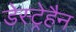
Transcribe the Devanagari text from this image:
डेस्ट्रेहैन